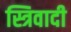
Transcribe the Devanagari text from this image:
स्त्रिवादी